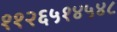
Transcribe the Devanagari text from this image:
११२६५१४५४८